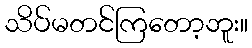
သိပ်မတင်ကြတော့ဘူး။